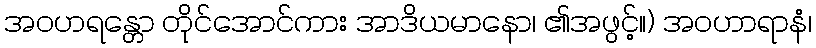
အဝဟရန္တော တိုင်အောင်ကား အာဒိယမာနော၊ ၏အဖွင့်။) အဝဟာရာနံ၊